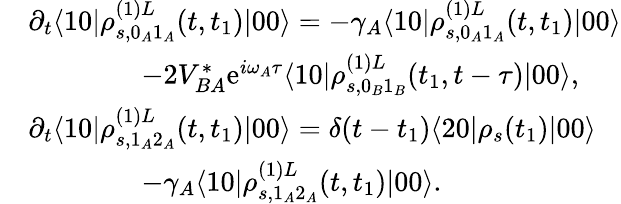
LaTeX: \begin{array}{rl}&{\partial_{t}\langle 10|\rho_{s,0_{A}1_{A}}^{(1)L}(t,t_{1})|00\rangle=-\gamma_{A}\langle 10|\rho_{s,0_{A}1_{A}}^{(1)L}(t,t_{1})|00\rangle}\\ &{\qquad\qquad-2V_{BA}^{*}\mathrm{e}^{i\omega_{A}\tau}\langle 10|\rho_{s,0_{B}1_{B}}^{(1)L}(t_{1},t-\tau)|00\rangle,}\\ &{\partial_{t}\langle 10|\rho_{s,1_{A}2_{A}}^{(1)L}(t,t_{1})|00\rangle=\delta(t-t_{1})\langle 20|\rho_{s}(t_{1})|00\rangle}\\ &{\qquad\qquad-\gamma_{A}\langle 10|\rho_{s,1_{A}2_{A}}^{(1)L}(t,t_{1})|00\rangle.}\end{array}